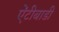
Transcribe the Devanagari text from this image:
ऐंटीबाडी